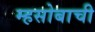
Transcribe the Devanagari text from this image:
म्हसोबाची